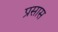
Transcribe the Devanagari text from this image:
प्रसास